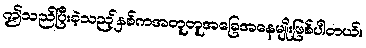
ဤသည်ပြီးခဲ့သည့်နှစ်ကအတူတူအခြေအနေမျိုးဖြစ်ပါတယ်။